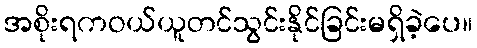
အစိုးရကဝယ်ယူတင်သွင်းနိုင်ခြင်းမရှိခဲ့ပေ။